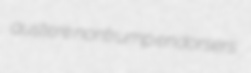
austere nontrump endorsers